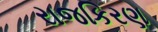
રાજકિરણ